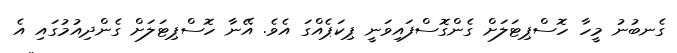
ގެނބުނު މީހާ ހޮސްޕިޓަލަށް ގެންގޮސްފައިވަނީ ޕިކަޕެއްގަ އެވެ. އޭނާ ހޮސްޕިޓަލަށް ގެންދިއުމުގައި އެ